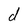
Character: d